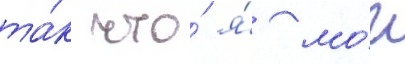
та́к что́ я́ мо́г